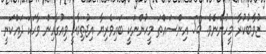
ޒުވާބުކުރާ މީހުންނެވެ. 58 އިންސައްތަ މީހުންނަކީ ބައިވެރިޔާ އިޖުތިމާއީ ވިއުގާއިން ވާހަކަ ދައްކަނީ